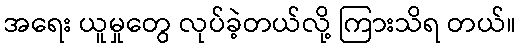
အရေး ယူမှုတွေ လုပ်ခဲ့တယ်လို့ ကြားသိရ တယ်။